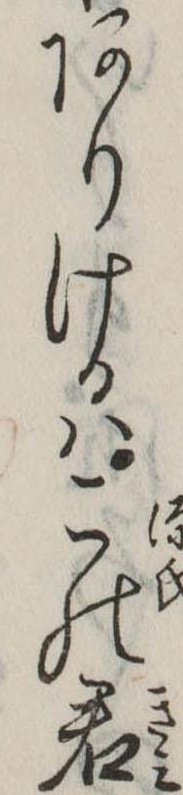
ありけるはこの君